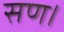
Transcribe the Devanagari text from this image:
सण।